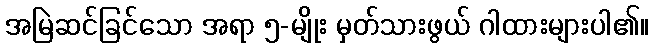
အမြဲဆင်ခြင်သော အရာ ၅-မျိုး မှတ်သားဖွယ် ဂါထားများပါ၏။